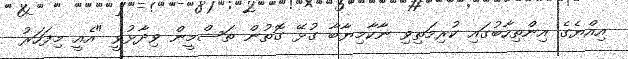
އިއްޔެގެ އިންތިހާބުގައި ކުރިމަތިވި ނާކާމިޔާބާ ގުޅޭ ގޮތުން ތަސްމީން ވިދާޅުވީ "އެއީ މިފަހަރު